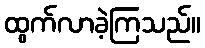
ထွက်လာခဲ့ကြသည်။